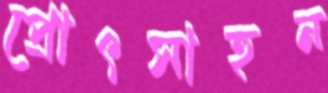
প্রোৎসাহন